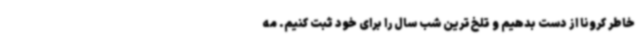
خاطر کرونا از دست بدهیم و تلخ‌ترین شب سال را برای خود ثبت کنیم. مه